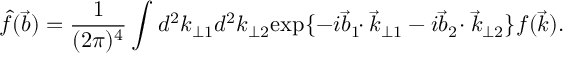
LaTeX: \hat { f } ( \vec { b } ) = \frac { 1 } { ( 2 \pi ) ^ { 4 } } \int _ { } ^ { } d { } ^ { 2 } k _ { \perp 1 } d { } ^ { 2 } k _ { \perp 2 } \mathrm { e x p } \{ - i \vec { b } _ { 1 } \! \! \cdot \vec { k } _ { \perp 1 } - i \vec { b } _ { 2 } \! \cdot \vec { k } _ { \perp 2 } \} f ( \vec { k } ) .